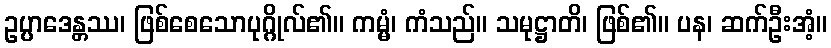
ဥပ္ပာဒေန္တဿ၊ ဖြစ်စေသောပုဂ္ဂိုလ်၏။ ကမ္မံ၊ ကံသည်။ သမုဋ္ဌာတိ၊ ဖြစ်၏။ ပန၊ ဆက်ဦးအံ့။